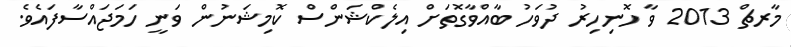
މާރޗް 2013 ވާ ހޮނިހިރު ދުވަހު ބާއްވާގޮތަށް އިލެކްޝަންސް ކޮމިޝަނުން ވަނީ ހަމަޖައްސާފައެވެ.